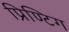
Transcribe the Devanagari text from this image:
प्रिण्टिग